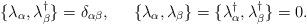
LaTeX: \begin{align*}\{ \lambda_\alpha , \lambda^\dagger_\beta \} = \delta_{\alpha \beta}, \; \; \; \; \; \{\lambda_\alpha , \lambda _\beta \} = \{ \lambda^\dagger_\alpha, \lambda^\dagger_\beta \} = 0 .\end{align*}